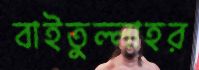
বাইতুল্লাহর